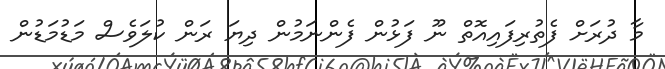
މާ ދުރަށް ފެތުރިފައިއޮތް ނޫ ފަޅުން ފެންނަމުން ދިޔަ ރަން ކުލަވެސް މަޑުމަޑުން